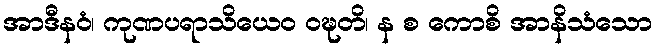
အာဒီနဝံ၊ ကုဏပရာသိယေဝ ဝဍ္ဎတိ၊ န စ ကောစိ အာနိသံသော